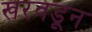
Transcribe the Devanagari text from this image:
खरवडून